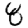
Digit: 8